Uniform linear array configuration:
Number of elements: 64
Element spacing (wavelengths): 0.5
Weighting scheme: uniform
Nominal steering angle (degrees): -60
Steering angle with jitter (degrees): -59.524
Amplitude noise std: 0.05
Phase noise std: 0.05

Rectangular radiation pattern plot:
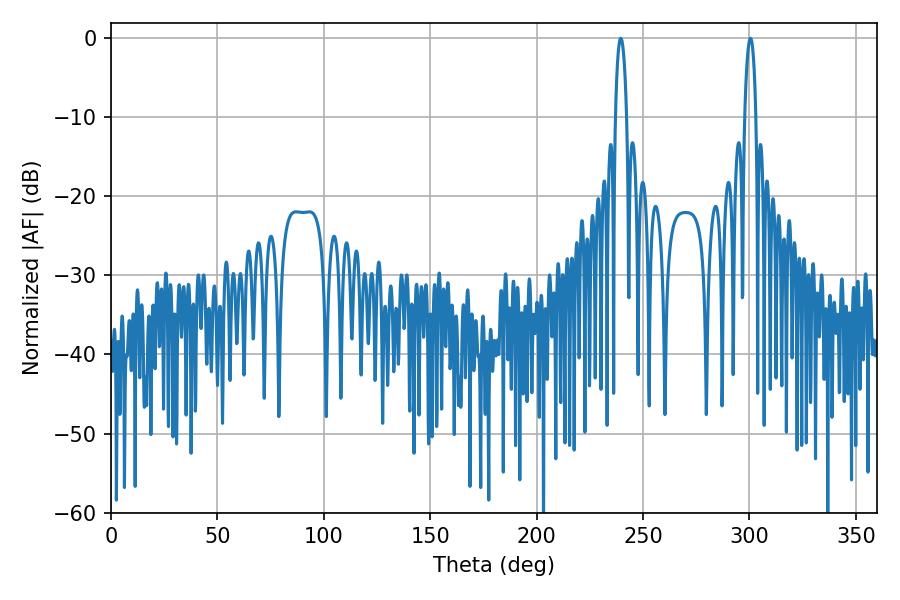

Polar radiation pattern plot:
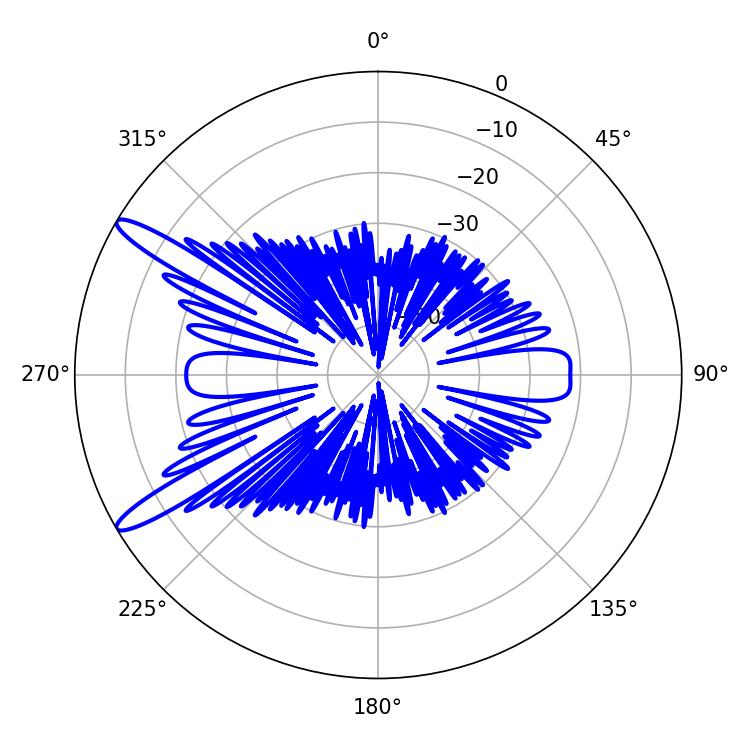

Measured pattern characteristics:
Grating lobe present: FALSE
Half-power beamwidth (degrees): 2.88
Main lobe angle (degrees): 300.42